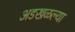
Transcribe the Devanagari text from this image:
अडखळल्या